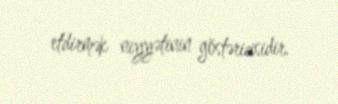
etdirmək niyyətinin göstəricisidir.